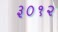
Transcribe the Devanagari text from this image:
३०१२